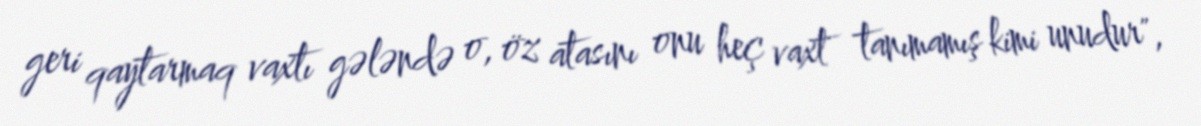
geri qaytarmaq vaxtı gələndə o, öz atasını onu heç vaxt tanımamış kimi unudur",